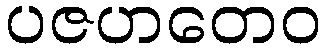
ပဇဟတေဝ